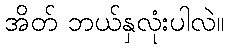
အိတ် ဘယ်နှလုံးပါလဲ။